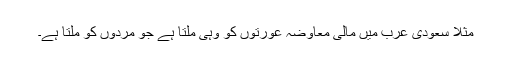
مثلا سعودى عرب میں مالى معاوضہ عورتوں کو وہى ملتا ہے جو مردوں کو ملتا ہے۔